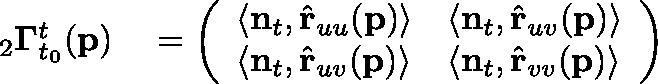
\begin{array} { r l } { { } _ { 2 } \mathbf { \Gamma } _ { t _ { 0 } } ^ { t } ( \mathbf { p } ) } & { { } = \left( \begin{array} { l l } { \langle \mathbf { n } _ { t } , \hat { \mathbf { r } } _ { u u } ( \mathbf { p } ) \rangle } & { \langle \mathbf { n } _ { t } , \hat { \mathbf { r } } _ { u v } ( \mathbf { p } ) \rangle } \\ { \langle \mathbf { n } _ { t } , \hat { \mathbf { r } } _ { u v } ( \mathbf { p } ) \rangle } & { \langle \mathbf { n } _ { t } , \hat { \mathbf { r } } _ { v v } ( \mathbf { p } ) \rangle } \end{array} \right) } \end{array}